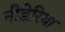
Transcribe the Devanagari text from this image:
नीडेरिया